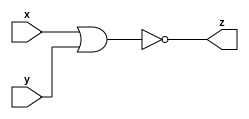
module nor_gate(z,x,y);
input x,y;
output z;
wire w;
or(w,x,y);
not(z,w);
endmodule